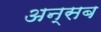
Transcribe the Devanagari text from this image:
अन्सब